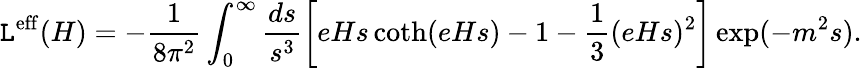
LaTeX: {\cal\mathtt{L}}^{\mathrm{{eff}}}(H)=-\frac{{1}}{{8\pi^{2}}}\int_{0}^{\infty}\frac{{ds}}{{s^{3}}}\left[eHs\coth(eHs)-1-\frac{1}{3}(eHs)^{2}\right]\exp(-m^{2}s).